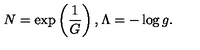
N = \exp \left( \frac { 1 } { G } \right) , \Lambda = - \log g .